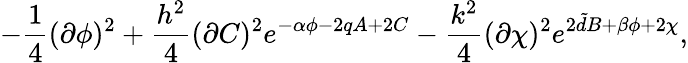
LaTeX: -\frac{1}{4}(\partial\phi)^{2}+\frac{h^{2}}{4}(\partial C)^{2}e^{-\alpha\phi-2qA+2C}-\frac{k^{2}}{4}(\partial\chi)^{2}e^{2{\tilde{d}}B+\beta\phi+2\chi},